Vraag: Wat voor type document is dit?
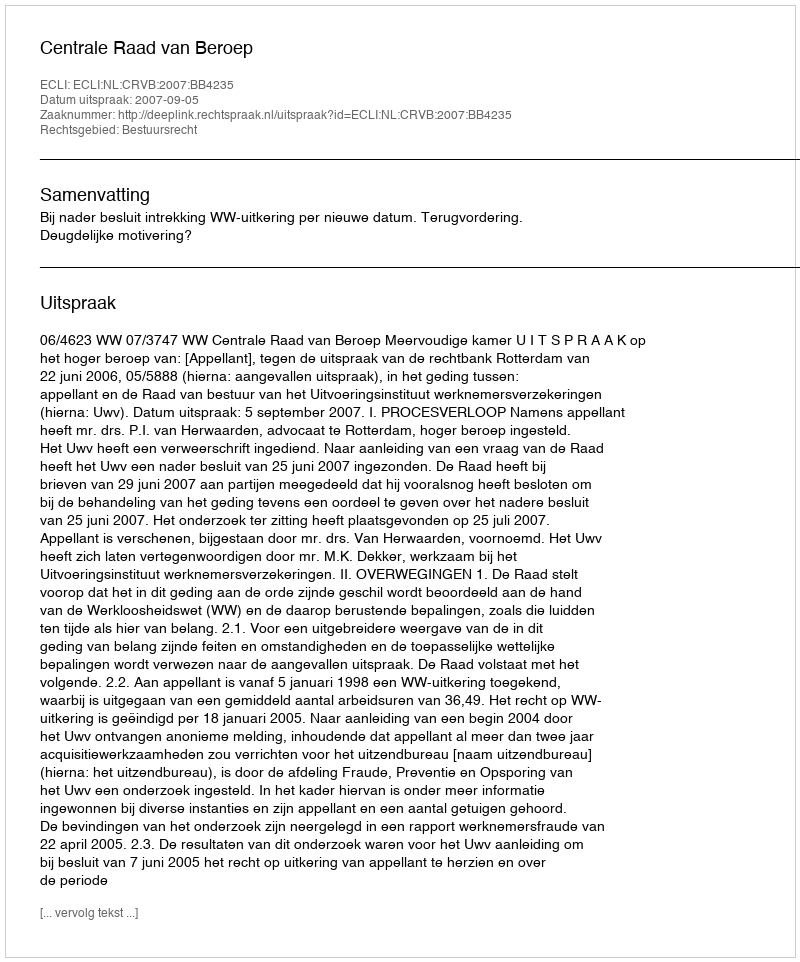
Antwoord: Uitspraak